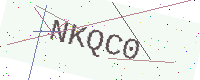
Text: NKQC0